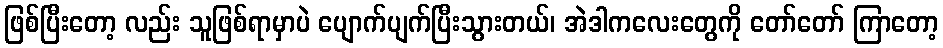
ဖြစ်ပြီးတော့ လည်း သူဖြစ်ရာမှာပဲ ပျောက်ပျက်ပြီးသွားတယ်၊ အဲဒါကလေးတွေကို တော်တော် ကြာတော့